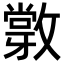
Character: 𢿽